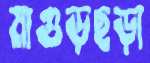
মাগুড়ছড়া